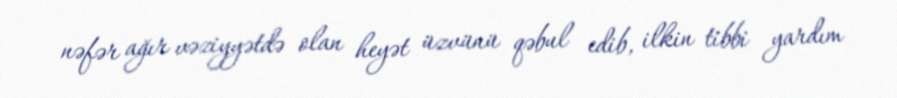
nəfər ağır vəziyyətdə olan heyət üzvünü qəbul edib, ilkin tibbi yardım